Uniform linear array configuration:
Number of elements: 4
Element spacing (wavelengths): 0.75
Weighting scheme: hann
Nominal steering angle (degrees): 30
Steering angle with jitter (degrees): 30.782
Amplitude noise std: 0.05
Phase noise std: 0.05

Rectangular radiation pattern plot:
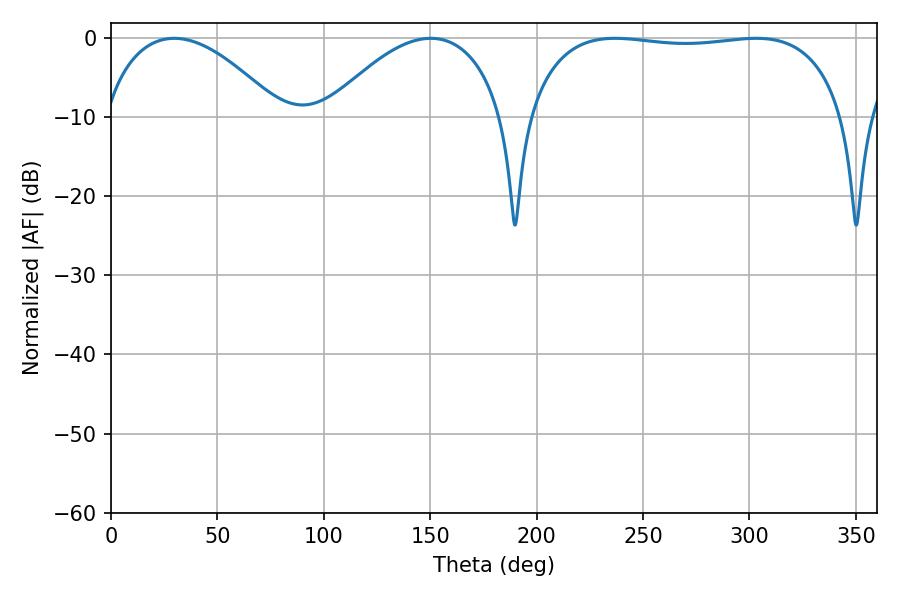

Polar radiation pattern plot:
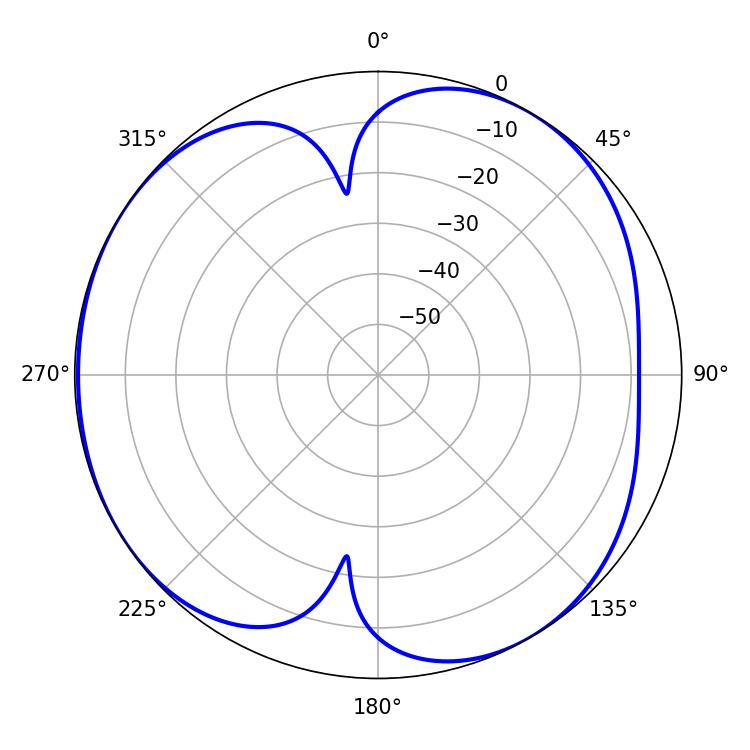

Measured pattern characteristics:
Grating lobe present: TRUE
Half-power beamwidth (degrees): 119.52
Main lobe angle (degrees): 236.88